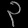
Digit: ၃